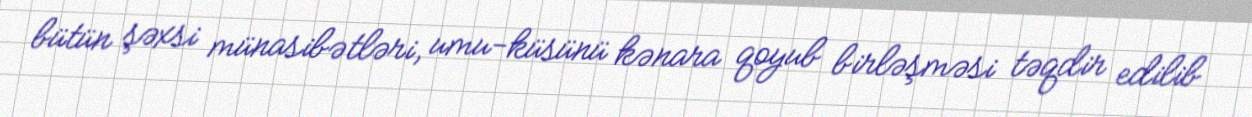
bütün şəxsi münasibətləri, umu-küsünü kənara qoyub birləşməsi təqdir edilib